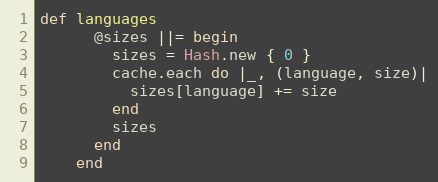
Language: Ruby
def languages
      @sizes ||= begin
        sizes = Hash.new { 0 }
        cache.each do |_, (language, size)|
          sizes[language] += size
        end
        sizes
      end
    end